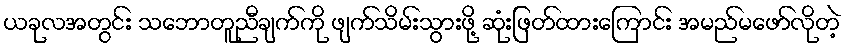
ယခုလအတွင်း သဘောတူညီချက်ကို ဖျက်သိမ်းသွားဖို့ ဆုံးဖြတ်ထားကြောင်း အမည်မဖော်လိုတဲ့